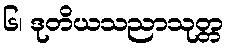
၆၊ ဒုတိယသညာသုတ္တ